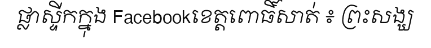
ផ្លាស្ទីកក្នុង Facebookខេត្តពោធិ៍សាត់ ៖ ព្រះសង្ឃ